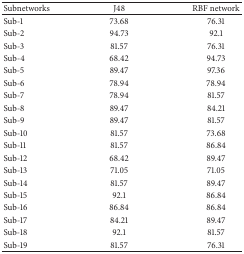
| Subnetworks | J48 | RBF network |
 | --- | --- | --- |
 | Sub-1 | 73.68 | 76.31 |
 | Sub-2 | 94.73 | 92.1 |
 | Sub-3 | 81.57 | 76.31 |
 | Sub-4 | 68.42 | 94.73 |
 | Sub-5 | 89.47 | 97.36 |
 | Sub-6 | 78.94 | 78.94 |
 | Sub-7 | 78.94 | 81.57 |
 | Sub-8 | 89.47 | 84.21 |
 | Sub-9 | 89.47 | 81.57 |
 | Sub-10 | 81.57 | 73.68 |
 | Sub-11 | 81.57 | 86.84 |
 | Sub-12 | 68.42 | 89.47 |
 | Sub-13 | 71.05 | 71.05 |
 | Sub-14 | 81.57 | 89.47 |
 | Sub-15 | 92.1 | 86.84 |
 | Sub-16 | 86.84 | 86.84 |
 | Sub-17 | 84.21 | 89.47 |
 | Sub-18 | 92.1 | 81.57 |
 | Sub-19 | 81.57 | 76.31 |